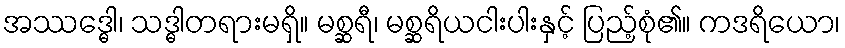
အဿဒ္ဓေါ၊ သဒ္ဓါတရားမရှိ။ မစ္ဆရီ၊ မစ္ဆရိယငါးပါးနှင့် ပြည့်စုံ၏။ ကဒရိယော၊